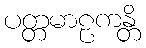
ပတ္တမာဠကန္တိ